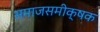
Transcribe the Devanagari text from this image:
समाजसमीक्षक